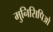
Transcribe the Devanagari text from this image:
मुनिसिपिओ